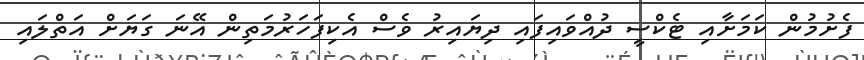
ފެށުމުން ކަމަށާއި ޓެކްސީ ދުއްވައިފައި ދިޔައިރު ވެސް އެކިފަހަރުމަތިން އޭނަ ގަޔަށް އަތްލައި